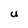
Character: u